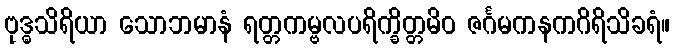
ဗုဒ္ဓသိရိယာ သောဘမာနံ ရတ္တကမ္ဗလပရိက္ခိတ္တမိဝ ဇင်္ဂမကနကဂိရိသိခရံ။